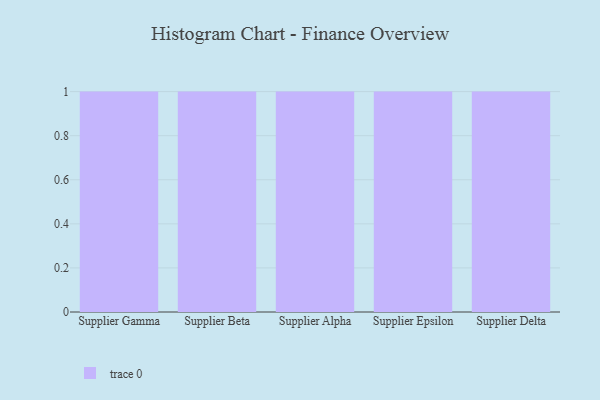
{"axis": {"x": "Supplier", "y": "Budget (USD K)"}, "legend": [""], "data": [{"x": "Supplier Gamma", "y": 32, "type": ""}, {"x": "Supplier Beta", "y": 27, "type": ""}, {"x": "Supplier Alpha", "y": 52, "type": ""}, {"x": "Supplier Epsilon", "y": 81, "type": ""}, {"x": "Supplier Delta", "y": 37, "type": ""}]}